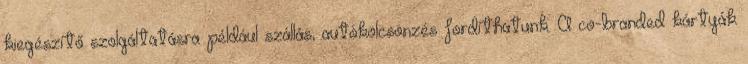
kiegészítő szolgáltatásra például szállás, autókölcsönzés fordíthatunk. A co-branded kártyák